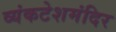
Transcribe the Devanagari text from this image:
व्यंकटेशमंदिर